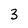
Character: 3